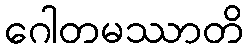
ဂေါတမဿာတိ